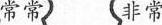
常常 非常